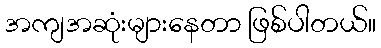
အကျအဆုံးများနေတာ ဖြစ်ပါတယ်။